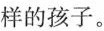
样的孩子。